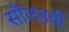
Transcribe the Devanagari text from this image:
सौलहवीं